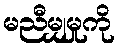
မညီမျှမှုကို